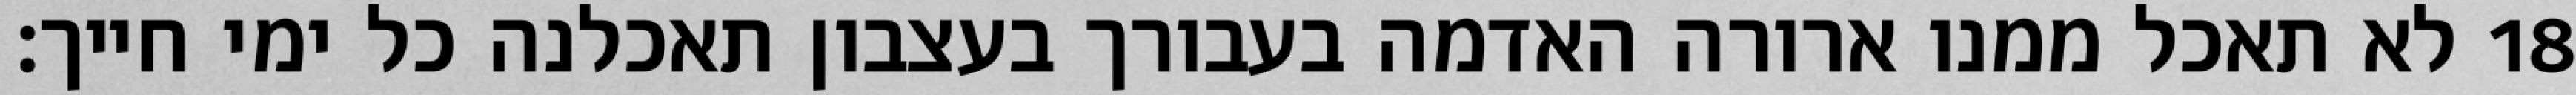
לא תאכל ממנו ארורה האדמה בעבורך בעצבון תאכלנה כל ימי חייך׃ ‎18‏